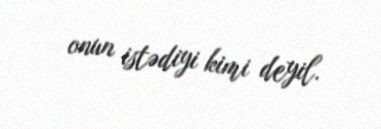
onun istədiyi kimi deyil.